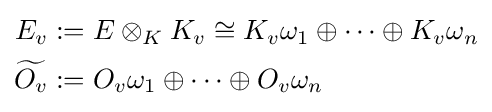
{\begin{aligned}E_{v}&:=E\otimes _{K}K_{v}\cong K_{v}\omega _{1}\oplus \cdots \oplus K_{v}\omega _{n}\\{\widetilde {O_{v}}}&:=O_{v}\omega _{1}\oplus \cdots \oplus O_{v}\omega _{n}\end{aligned}}